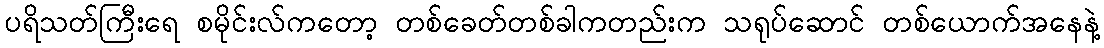
ပရိသတ်ကြီးရေ စမိုင်းလ်ကတော့ တစ်ခေတ်တစ်ခါကတည်းက သရုပ်ဆောင် တစ်ယောက်အနေနဲ့